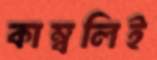
কাম্বলিই